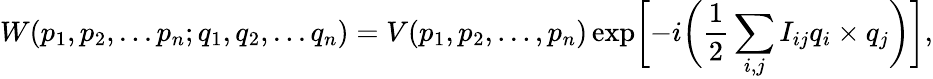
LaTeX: W(p_{1},p_{2},...p_{n};q_{1},q_{2},...q_{n})=V(p_{1},p_{2},...,p_{n})\exp\biggl[-i\biggl(\frac{1}{2}\sum_{i,j}I_{ij}q_{i}\times q_{j}\biggr)\biggr],